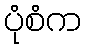
ပုံစံက